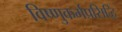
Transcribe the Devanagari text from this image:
विष्णुकर्मप्रसिद्धि